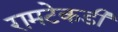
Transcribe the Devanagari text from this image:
रामटेकडी